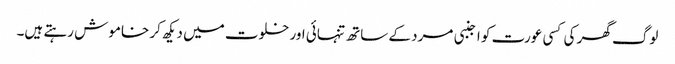
لوگ گھر کی کسی عورت کو اجنبی مرد کے ساتھ تنہائی اور خلوت میں دیکھ کر خاموش رہتے ہیں۔